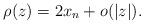
LaTeX: \begin{align*}\rho(z)=2x_n + o(|z|) .\end{align*}